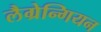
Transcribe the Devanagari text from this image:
लैग्रेन्गियन